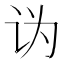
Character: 𰵑